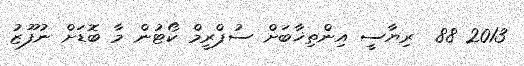
2013 88  ރިޔާސީ އިންތިޚާބަށް ސުޕްރީމް ކޯޓުން މާ ބޮޑަށް ނުފޫޒު